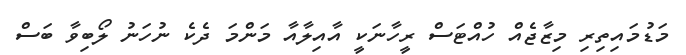
މަޑުމައިތިރި މިޒާޖެއް ހުއްޓަސް ރީހާނަކީ އާއިލާއާ މަންމަ ދެކެ ނުހަނު ލޯބިވާ ބަސް